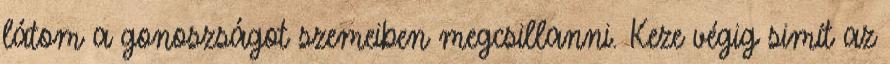
látom a gonoszságot szemeiben megcsillanni. Keze végig simít az